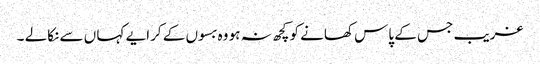
غریب جس کے پاس کھانے کو کچھ نہ ہو وہ بسوں کے کرایے کہا ں سے نکالے ۔